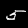
Digit: 5